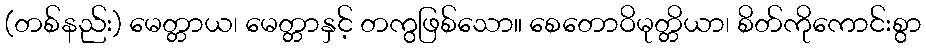
(တစ်နည်း) မေတ္တာယ၊ မေတ္တာနှင့် တကွဖြစ်သော။ စေတောဝိမုတ္တိယာ၊ စိတ်ကိုကောင်းစွာ